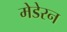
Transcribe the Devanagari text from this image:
मेडेरन